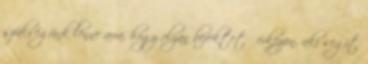
szükségünk lenne arra, hogy olyan befektető érkezzen, aki segít